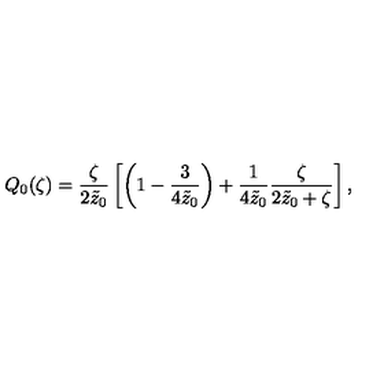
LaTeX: Q _ { 0 } ( \zeta ) = { \frac { \zeta } { 2 \tilde { z } _ { 0 } } } \left[ \left( 1 - { \frac { 3 } { 4 \tilde { z } _ { 0 } } } \right) + { \frac { 1 } { 4 \tilde { z } _ { 0 } } } { \frac { \zeta } { 2 \tilde { z } _ { 0 } + \zeta } } \right] ,